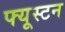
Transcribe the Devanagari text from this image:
फ्यूस्टन